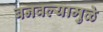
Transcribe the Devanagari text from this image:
बनवल्यामुळे